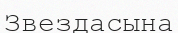
Звездасына